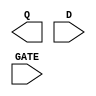
/**
 * Copyright 2020 The SkyWater PDK Authors
 *
 * Licensed under the Apache License, Version 2.0 (the "License");
 * you may not use this file except in compliance with the License.
 * You may obtain a copy of the License at
 *
 *     https://www.apache.org/licenses/LICENSE-2.0
 *
 * Unless required by applicable law or agreed to in writing, software
 * distributed under the License is distributed on an "AS IS" BASIS,
 * WITHOUT WARRANTIES OR CONDITIONS OF ANY KIND, either express or implied.
 * See the License for the specific language governing permissions and
 * limitations under the License.
 *
 * SPDX-License-Identifier: Apache-2.0
 */

`ifndef SKY130_FD_SC_HS__DLXTP_BLACKBOX_V
`define SKY130_FD_SC_HS__DLXTP_BLACKBOX_V

/**
 * dlxtp: Delay latch, non-inverted enable, single output.
 *
 * Verilog stub definition (black box without power pins).
 *
 * WARNING: This file is autogenerated, do not modify directly!
 */

`timescale 1ns / 1ps
`default_nettype none

(* blackbox *)
module sky130_fd_sc_hs__dlxtp (
    Q   ,
    D   ,
    GATE
);

    output Q   ;
    input  D   ;
    input  GATE;

    // Voltage supply signals
    supply1 VPWR;
    supply0 VGND;

endmodule

`default_nettype wire
`endif  // SKY130_FD_SC_HS__DLXTP_BLACKBOX_V